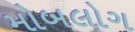
મોબલોગ